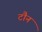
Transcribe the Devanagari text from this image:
टौन